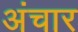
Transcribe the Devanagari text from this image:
अंचार